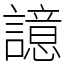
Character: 譩